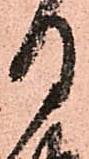
月